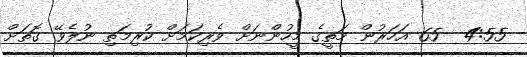
4:55  65 އަހަރުން މަތީގެ މީހުންނަށް ވެރިކަމަށް ކުރިމަތި ނުލެވޭ ގޮތަށް